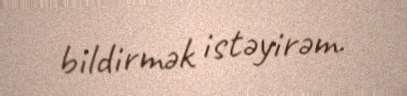
bildirmək istəyirəm.